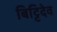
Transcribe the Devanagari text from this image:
बिट्टिदेव